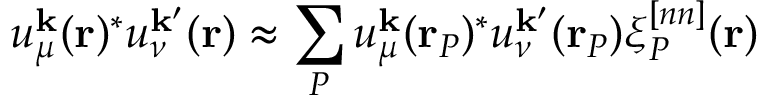
u _ { \mu } ^ { \mathbf { k } } ( \mathbf { r } ) ^ { * } u _ { \nu } ^ { \mathbf { k } ^ { \prime } } ( \mathbf { r } ) \approx \sum _ { P } u _ { \mu } ^ { \mathbf { k } } ( \mathbf { r } _ { P } ) ^ { * } u _ { \nu } ^ { \mathbf { k } ^ { \prime } } ( \mathbf { r } _ { P } ) \xi _ { P } ^ { [ n n ] } ( \mathbf { r } )